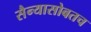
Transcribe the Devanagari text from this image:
सैन्यासोबतच